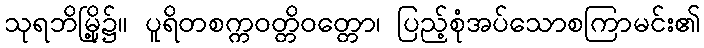
သုရဘိမြို့၌။ ပူရိတစက္ကဝတ္တိဝတ္တော၊ ပြည့်စုံအပ်သောစကြာမင်း၏